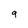
Character: 9